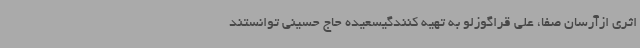
اثری ازآرسان صفا، علی قراگوزلو به تهیه کنندگیسعیده حاج حسینی توانستند